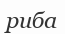
риба